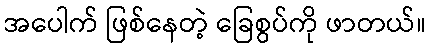
အပေါက် ဖြစ်နေတဲ့ ခြေစွပ်ကို ဖာတယ်။